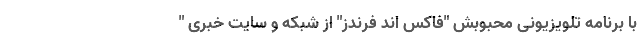
با برنامه تلویزیونی محبوبش "فاکس اند فرندز" از شبکه و سایت خبری "